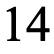
14